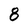
Character: 8